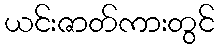
ယင်းဇာတ်ကားတွင်